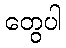
တွေပါ